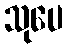
သုပေ